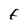
Character: F